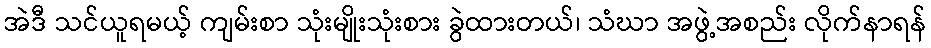
အဲဒီ သင်ယူရမယ့် ကျမ်းစာ သုံးမျိုးသုံးစား ခွဲထားတယ်၊ သံဃာ အဖွဲ့အစည်း လိုက်နာရန်